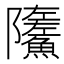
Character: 𩼏